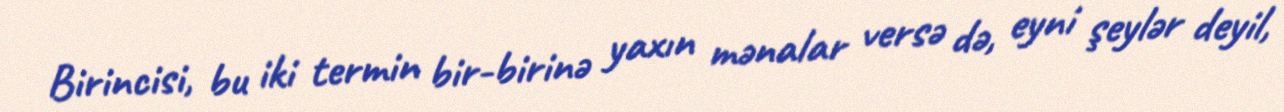
Birincisi, bu iki termin bir-birinə yaxın mənalar versə də, eyni şeylər deyil,